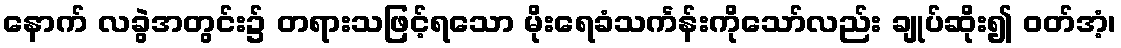
နောက် လခွဲအတွင်း၌ တရားသဖြင့်ရသော မိုးရေခံသင်္ကန်းကိုသော်လည်း ချုပ်ဆိုး၍ ဝတ်အံ့၊